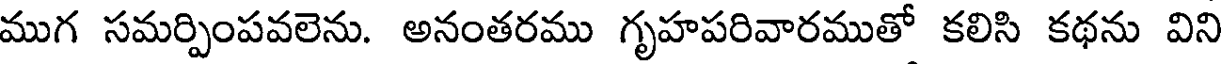
ముగ సమర్పింపవలెను. అనంతరము గృహపరివారముతో కలిసి కథను విని